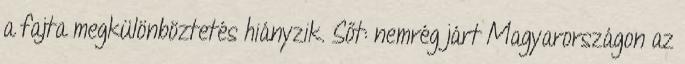
a fajta megkülönböztetés hiányzik. Sőt: nemrég járt Magyarországon az